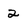
Character: 2